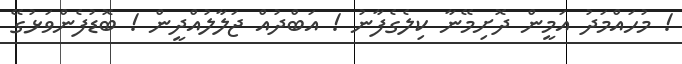
! މުހައްމަދު އަމީން ދޮށިމޭނާ ކިލެގެފާނު ! އަބްދުއް ޖަލާލުއްދީން ! ބޮޑުފެންވަޅުގޭ